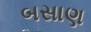
બસાણ